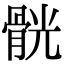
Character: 䯑